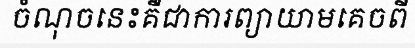
ចំណុចនេះគឺជាការព្យាយាមគេចពី